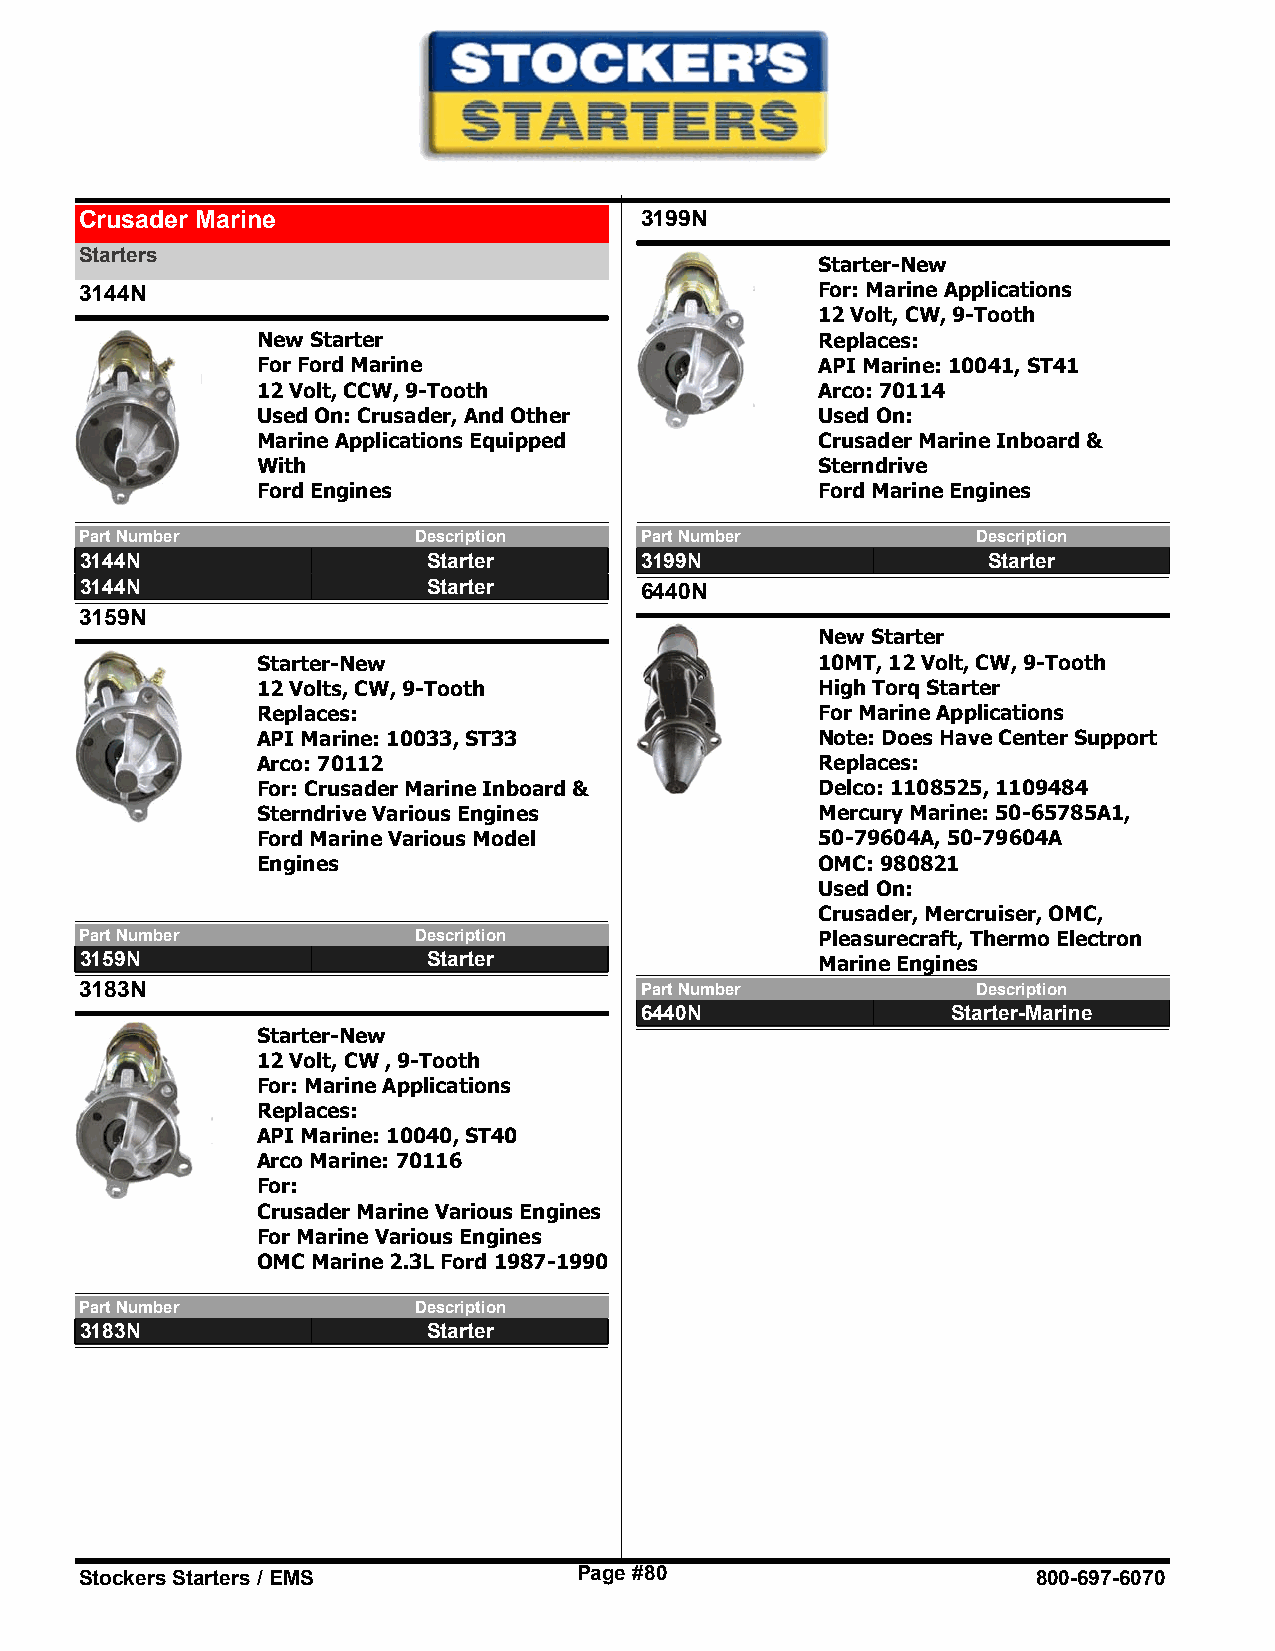
Crusader Marine                      3199N
 Starters
 Starter-New
 3144N                                            For: Marine Applications
 12 Volt, CW, 9-Tooth
 New Starter                          Replaces:
 For Ford Marine                      API Marine: 10041, ST41
 12 Volt, CCW, 9-Tooth                Arco: 70114
 Used On: Crusader, And Other         Used On:
 Marine Applications Equipped         Crusader Marine Inboard &
 With                                 Sterndrive
 Ford Engines                         Ford Marine Engines
 Part Number           Description    Part Number            Description
 3144N                  Starter       3199N                  Starter
 3144N                  Starter       6440N
 3159N
 New Starter
 Starter-New                          10MT, 12 Volt, CW, 9-Tooth
 12 Volts, CW, 9-Tooth                High Torq Starter
 Replaces:                            For Marine Applications
 API Marine: 10033, ST33              Note: Does Have Center Support
 Arco: 70112                          Replaces:
 For: Crusader Marine Inboard &       Delco: 1108525, 1109484
 Sterndrive Various Engines           Mercury Marine: 50-65785A1,
 Ford Marine Various Model            50-79604A, 50-79604A
 Engines                              OMC: 980821
 Used On:
 Crusader, Mercruiser, OMC,
 Part Number           Description                Pleasurecraft, Thermo Electron
 3159N                  Starter                   Marine Engines
 3183N                                Part Number            Description
 6440N                Starter-Marine
 Starter-New
 12 Volt, CW , 9-Tooth
 For: Marine Applications
 Replaces:
 API Marine: 10040, ST40
 Arco Marine: 70116
 For:
 Crusader Marine Various Engines
 For Marine Various Engines
 OMC Marine 2.3L Ford 1987-1990
 Part Number           Description
 3183N                  Starter
 Stockers Starters / EMS          Page #80                       800-697-6070